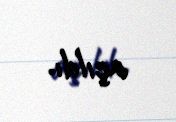
açıldı.